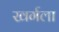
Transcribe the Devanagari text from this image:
खर्गला